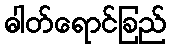
ဓါတ်ရောင်ခြည်